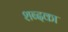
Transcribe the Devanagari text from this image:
शब्दका